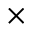
\times